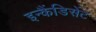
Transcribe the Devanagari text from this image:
इन्कैंडिसेंट